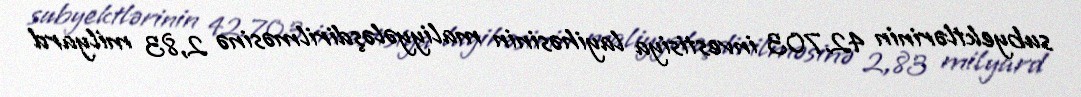
subyektlərinin 42.703 investisiya layihəsinin maliyyələşdirilməsinə 2,83 milyard